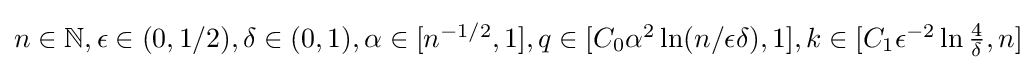
{\textstyle n\in \mathbb {N} ,\epsilon \in (0,1/2),\delta \in (0,1),\alpha \in [n^{-1/2},1],q\in [C_{0}\alpha ^{2}\ln(n/\epsilon \delta ),1],k\in [C_{1}\epsilon ^{-2}\ln {\frac {4}{\delta }},n]}